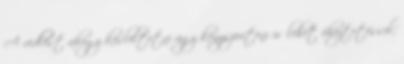
A vedlést ahogy késleltetni úgy kényszeríteni is lehet éheztetéssel,